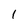
Character: 1